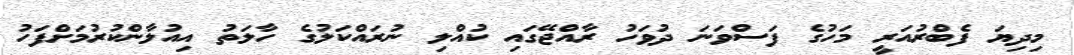
މިދިޔަ ފެބްރުއަރީ މަހުގެ ފަސްވަނަ ދުވަހު ރާއްޖޭގައި ކުއްލި ނުރައްކަލުގެ ހާލަތު އިއުލާންކުރުމަށްފަހު